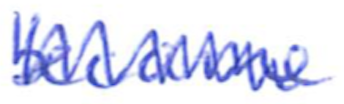
Text: became
Cross-out: zig-zag
Writing tool: ballpoint